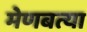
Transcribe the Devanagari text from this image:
मेणबत्या